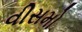
વીસમો